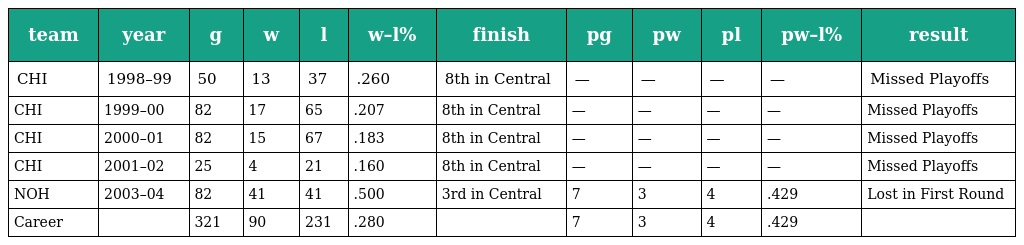
| team | year | g | w | l | w–l% | finish | pg | pw | pl | pw–l% | result |
 | --- | --- | --- | --- | --- | --- | --- | --- | --- | --- | --- | --- |
 | CHI | 1998–99 | 50 | 13 | 37 | .260 | 8th in Central | — | — | — | — | Missed Playoffs |
 | CHI | 1999–00 | 82 | 17 | 65 | .207 | 8th in Central | — | — | — | — | Missed Playoffs |
 | CHI | 2000–01 | 82 | 15 | 67 | .183 | 8th in Central | — | — | — | — | Missed Playoffs |
 | CHI | 2001–02 | 25 | 4 | 21 | .160 | 8th in Central | — | — | — | — | Missed Playoffs |
 | NOH | 2003–04 | 82 | 41 | 41 | .500 | 3rd in Central | 7 | 3 | 4 | .429 | Lost in First Round |
 | Career |  | 321 | 90 | 231 | .280 |  | 7 | 3 | 4 | .429 |  |